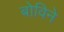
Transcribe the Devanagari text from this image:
बोविने